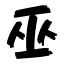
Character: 巫